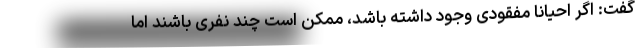
گفت: اگر احیانا مفقودی وجود داشته باشد، ممکن است چند نفری باشند اما